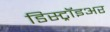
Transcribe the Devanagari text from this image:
डिस्ट्रॉइअर